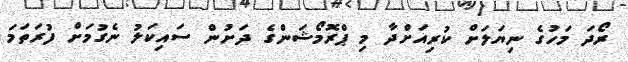
ރޯދަ މަހުގެ ނިޔަލަށް ކުރިއަށްދާ މި ޕްރޮމޯޝަންގެ ދަށުން ސައިކަލު ނެގުމަށް ފުރަތަމަ